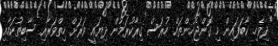
"ދިވެހި ކާބަފައިން މި ގޮންޖެހުންތައް ހުރަސް ގިރާކުރަމުން ދިޔައީ ވަރަށް ހިތްވަރާއި ސާބިތުކަމާއި